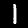
Label: 1